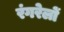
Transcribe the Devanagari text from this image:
रंगरेलों